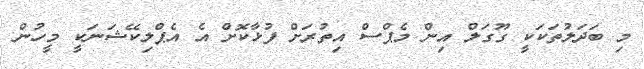
މި ބަދަލުތަކަކީ ގޫގަލް އިން މެޕްސް އިތުރަށް ފުޅާކޮށް އެ އެޕްލިކޭޝަނަކީ މީހުން